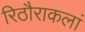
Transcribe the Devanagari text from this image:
रिठौराकलां